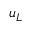
u _ { L }